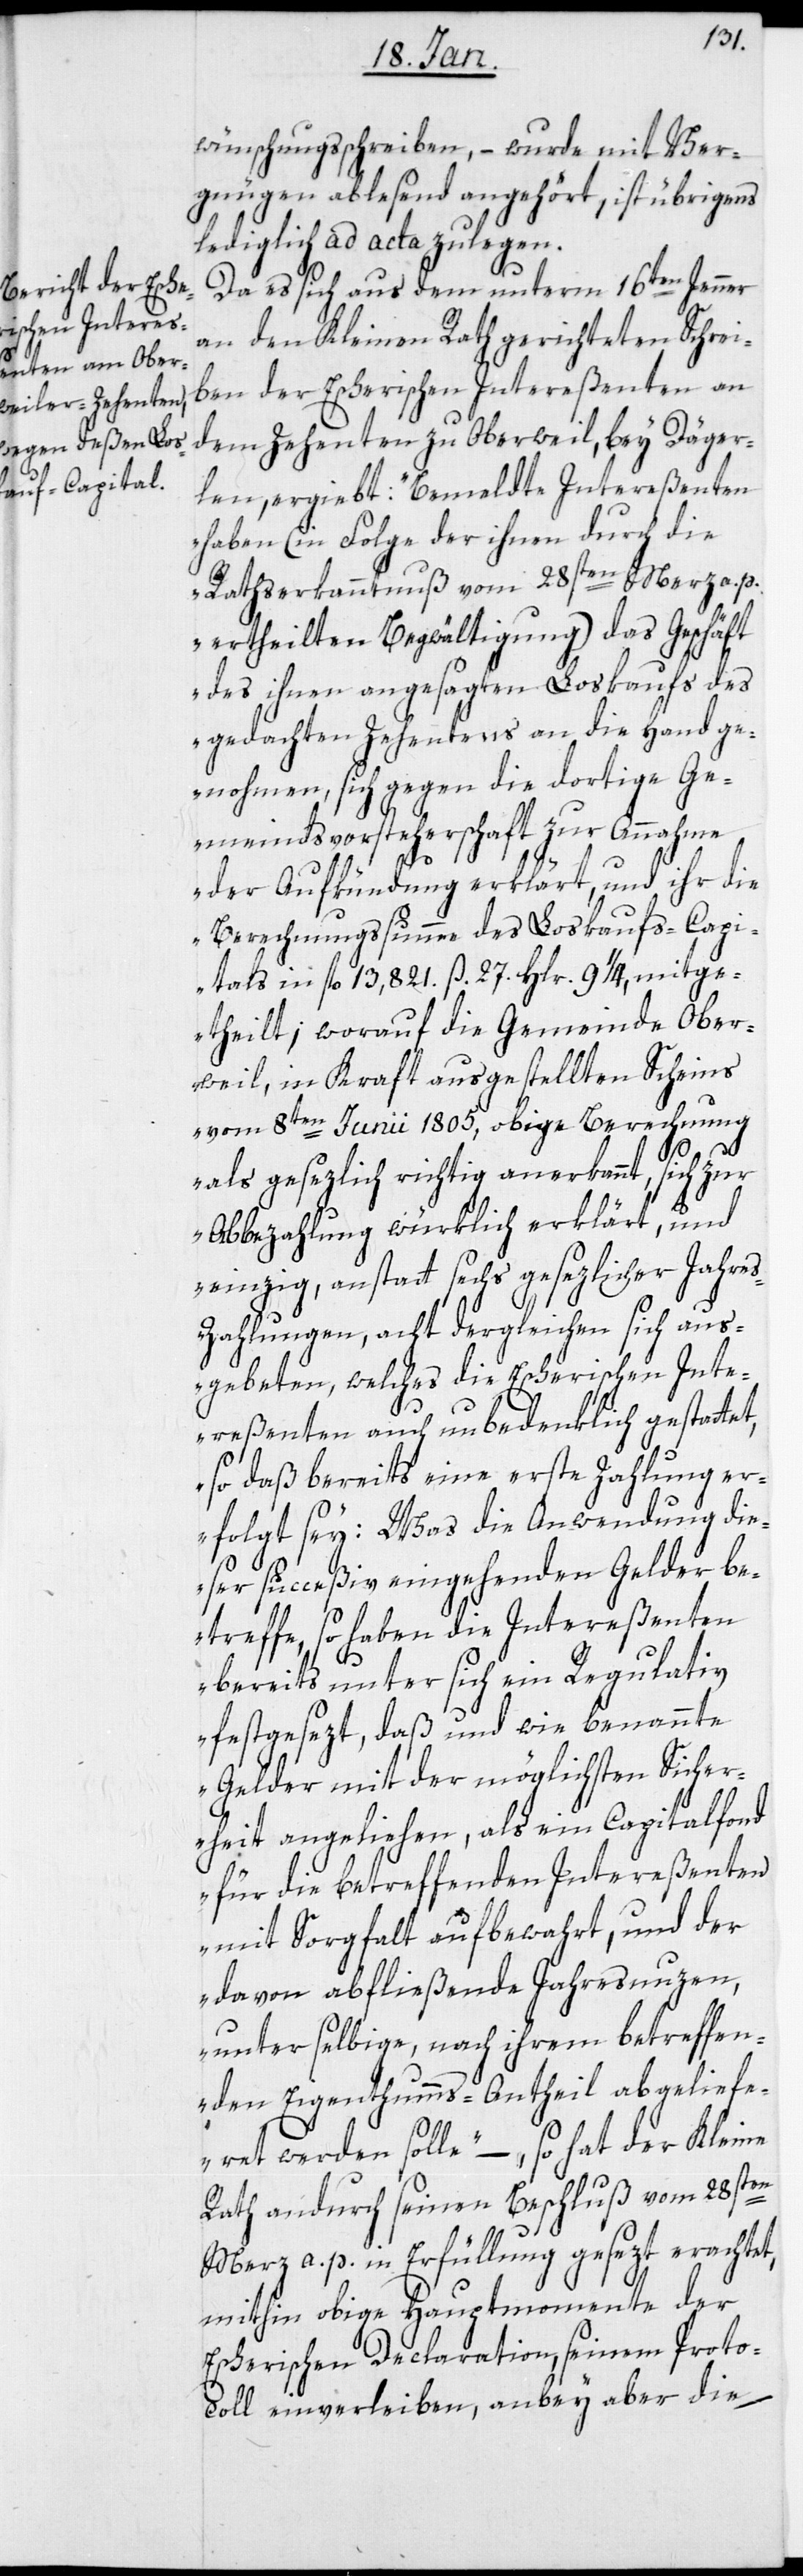
wünschungsschreiben, – wurde mit Ver¬
gnügen ablesend angehört, ist übrigens
lediglich ad acta zu legen.
Da es sich aus dem unterm 16ten Jenner
an den Kleinen Rath gerichteten Schrei¬
ben der Escherischen Intereßenten an
dem Zehenten zu Oberweil bey Däger¬
len, ergiebt: „Bemeldte Intereßenten
haben (in Folge der ihnen durch die
Rathserkanntnuß vom 28sten Merz a. p.
ertheilten Begwältigung) das Geschäft
des ihnen angesagten Loskaufs des
gedachten Zehentens an die Hand ge¬
nohmen, sich gegen die dortige Ge¬
meindsvorsteherschaft zur Annahme
der Aufkündung erklärt, und ihr die
Berechnungssumme des Loskaufs-Capi¬
tals in fl 13,821. ß. 27. Hlr. 9 1/4, mitge¬
theilt; worauf die Gemeinde Ober¬
weil, in Kraft ausgestellten Scheins
vom 8ten Junii 1805, obige Berechnung
als gesezlich richtig anerkannt, sich zur
Abbezahlung würklich erklärt, und
einzig, anstatt sechs gesezlicher Jahre¬
s-Zahlungen, acht dergleichen sich aus¬
gebeten, welches die Escherischen Inte¬
reßenten auch unbedenklich gestattet,
so daß bereits eine erste Zahlung er¬
folgt sey: Was die Anwendung die¬
ser succeßiv eingehenden Gelder be¬
treffe, so haben die Intereßenten
bereits unter sich ein Regulativ
festgesezt, daß und wie benannte
Gelder mit der möglichsten Sicher¬
heit angeliehen, als ein Capitalfond
für die betreffenden Intereßenten
mit Sorgfalt aufbewahrt, und der
davon abfließende Jahresnuzen,
unter selbige, nach ihrem betreffen¬
den Eigenthumms-Antheil abgeliefe¬
ret werden solle“, – so hat der Kleine
Rath andurch seinen Beschluß vom 28sten
Merz a. p. in Erfüllung gesezt erachtet,
mithin obige Hauptmomente der
Escherischen Declaration, seinem Proto¬
coll einverleiben, anbey aber die